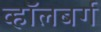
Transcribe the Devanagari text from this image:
व्हाॅलबर्ग